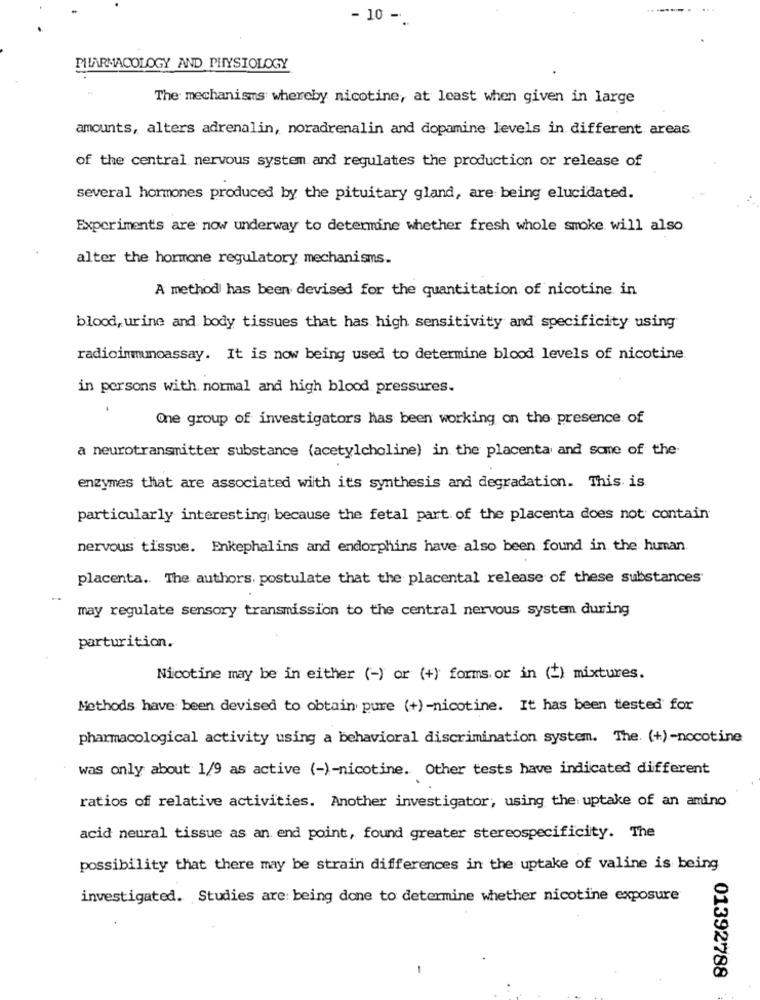
- 10 -.
PHARMACOLOGY AND PHYSIOLOGY
The mechanisms whereby nicotine, at least when given in large
amounts, alters adrenalin, noradrenalin and dopamine levels in different areas
of the central nervous system and regulates the production or release of
several hormones produced by the pituitary gland, are being elucidated.
Experiments are now underway to determine whether fresh whole smoke will also
alter the hormone regulatory mechanisms.
A method has been devised for the quantitation of nicotine in
blood, urine and body tissues that has high sensitivity and specificity using
radioimmunoassay. It is now being used to determine blood levels of nicotine.
in persons with. normal and high blood pressures.
One group of investigators has been working on the presence of
a neurotransmitter substance (acetylcholine) in the placenta and some of the
enzymes that are associated with its synthesis and degradation. This is
particularly interesting because the fetal part of the placenta does not contain
nervous tissue. Enkephalins and endorphins have also been found in the human.
placenta. The authors. postulate that the placental release of these substances
may regulate sensory transmission to the central nervous system during
parturition.
Nicotine may be in either (-) or (+) forms. or in (+) mixtures.
Methods have been devised to obtain pure (+)-nicotine. It has been tested for
pharmacological activity using a behavioral discrimination system. The. (+)-nocotine
was only about 1/9 as active (-)-nicotine. Other tests have indicated different
ratios of relative activities. Another investigator; using the uptake of an amino
acid neural tissue as an end point, found greater stereospecificity. The
possibility that there may be strain differences in the uptake of valine is being
investigated. Studies are being done to determine whether nicotine exposure
-
01392788